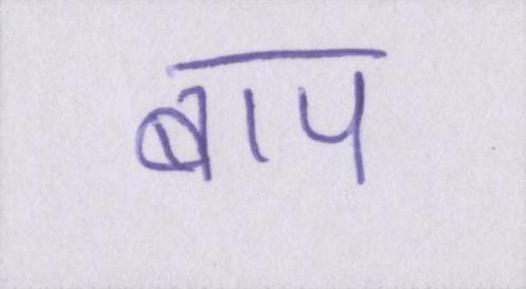
बाप